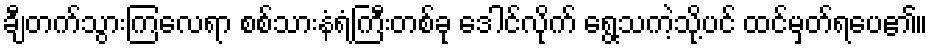
ချီတက်သွားကြလေရာ စစ်သားနံရံကြီးတစ်ခု ဒေါင်လိုက် ရွေ့သကဲ့သို့ပင် ထင်မှတ်ရပေ၏။